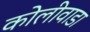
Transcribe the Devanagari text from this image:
कोलीवाडा